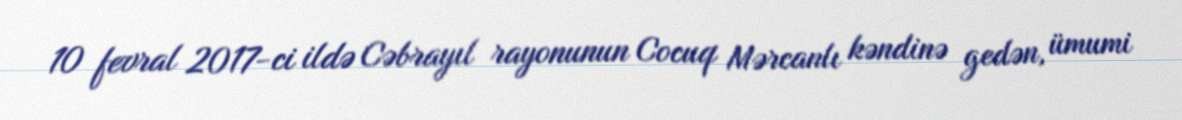
10 fevral 2017-ci ildə Cəbrayıl rayonunun Cocuq Mərcanlı kəndinə gedən, ümumi